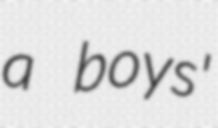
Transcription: a boys'